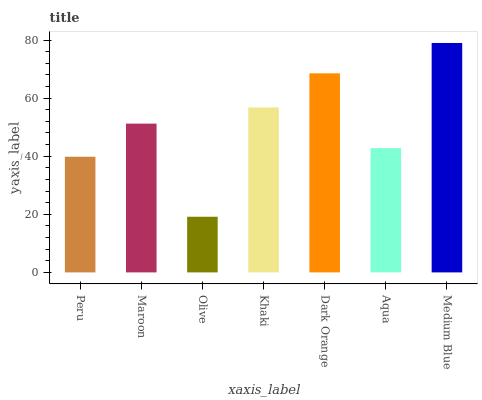
| xaxis_label | bars |
 | --- | --- |
 | Peru | 39.8 |
 | Maroon | 51.2 |
 | Olive | 19.2 |
 | Khaki | 56.8 |
 | Dark Orange | 68.5 |
 | Aqua | 42.8 |
 | Medium Blue | 79 |